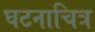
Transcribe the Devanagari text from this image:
घटनाचित्र